Lunatic asylums Bombay report 1891-1903 - 1891-1903
Year: 1891
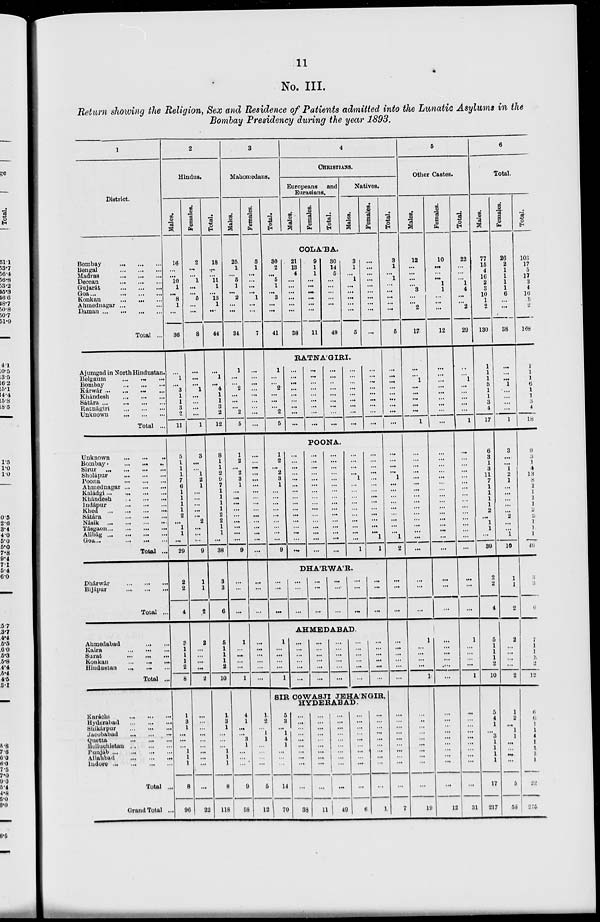
11
No. III.
Return showing the Religion, Sex and Residence of Patients admitted into the Lunatic Asylums in the
Bombay Presidency during the year 1893.
1
District.
Bombay
...
...
...
Bengal
...
...
...
Madras ... ... ...
Deccan
...
...
...
Gujarat
...
...
...
Goa
...
...
...
Konkan
...
...
...
Ahmednagar ... ... ...
Daman
...
...
...
Total ...
Ajumgad in North Hindustan.
Belgaum ... ... ...
Bombay
...
...
...
Kánwár
...
...
...
Khándesh
...
...
...
Sátára
...
...
...
Ratnágiri
...
...
...
Unknown
...
...
...
Total ...
Unknown
...
...
...
Bombay
...
...
...
Sirur
...
...
...
Sholápur
...
...
...
Poona
...
...
...
Ahmednagar
...
...
...
Kaládgi
...
...
...
Khándesh
...
...
...
Indápur
...
...
...
Khed
...
...
...
Sátára
...
...
...
Násik
...
...
...
...
Tásgaon
...
...
...
...
Alibág
...
...
...
...
Goa
...
...
...
...
Total ...
Dhárwar
...
...
...
Bijápur
...
...
...
Total ...
Ahmedabad
...
...
...
Kaira
...
...
...
Surat
...
...
...
Konkan
...
...
...
Hindustan
...
...
...
Total ...
Karachi
...
...
...
Hyderabad
...
...
...
Shikárpur
...
...
...
Jucobabad
...
...
...
Quetta
...
...
...
Belluchistan
...
...
...
Puniáb
...
...
...
...
Allahbad ... ... ...
Indore
...
...
...
Total ...
Grand Total ...
2
Hindus.
Males.
16
...
...
10
1
...
8
1
...
36
...
1
...
3
1
1
3
2
11
Females.
2
...
. ..
1
. ..
. ..
5
...
....
8
...
...
...
1
...
...
...
...
1
5
1
1
1
7
6
1
1
1
1
2
...
1
1
. ..
29
2
2
4
3
1
1
1
2
8
1
3
1
...
...
...
1
1
1
8
96
3
...
...
1
2
1
...
...
...
...
...
2
...
...
...
9
1
1
2
2
...
...
...
...
2
...
...
...
...
...
...
...
. ..
...
...
22
Total.
18
...
...
11
1
...
13
1
...
44
...
1
...
4
1
1
3
2
12
8
1
1
2
9
7
1
1
1
1
2
2
1
1
. ..
38
3
3
6
5
1
1
1
2
10
1
3
1
...
...
...
1
1
1
8
118
3
Mahomedans.
Males.
25
1
...
5
1
...
2
...
...
34
1
...
...
2
...
...
...
2
5
1
2
...
2
3
1
...
...
...
...
...
...
...
...
...
9
...
...
...
1
...
...
...
...
1
4
1
...
...
3
1
...
...
...
9
58
Females.
5
1
...
...
...
...
1
...
...
7
...
...
...
...
...
...
...
...
...
...
...
...
...
...
...
...
...
...
...
...
...
...
...
...
...
...
...
...
...
...
...
...
...
...
1
2
...
1
1
...
...
...
...
5
12
Total.
4
CHRISTIANS.
Europeans and
Eurasians.
Males.
Females.
Total.
Natives.
Males.
Females.
COLA'BA.
30
2
...
5
1
. ..
3
. ..
...
41
21
13
4
...
...
...
...
...
...
38
9
1
1
...
...
...
...
...
...
11
30
14
5
...
...
...
...
...
49
3
1
...
1
...
...
...
...
...
5
...
...
...
...
...
...
...
...
...
...
RATNA'GIRI.
1
...
...
2
. ..
. ..
. ..
2
5
...
...
...
...
...
...
...
...
...
...
...
...
...
...
...
...
...
...
...
...
..
...
...
...
...
...
...
...
...
...
...
...
...
...
...
...
...
...
...
...
...
...
...
...
...
POONA.
1
2
...
2
3
1
...
...
...
...
...
...
...
...
...
9
...
...
...
...
...
...
...
...
...
...
...
...
...
...
...
...
...
...
...
...
...
...
...
...
...
...
...
...
...
...
...
...
...
...
...
...
...
...
...
...
...
...
...
...
...
...
...
...
...
...
...
...
1
...
...
...
...
...
...
...
...
...
1
...
...
...
...
...
...
...
...
...
...
...
...
...
...
1
1
DHA'RWA'R.
...
...
...
. ..
...
...
...
...
...
...
...
...
...
...
...
...
...
...
AHMEDABAD.
1
...
...
...
...
1
...
...
...
...
...
...
...
...
...
...
...
...
...
...
...
...
...
...
...
...
...
...
...
...
...
. ..
...
...
...
...
SIR COWASJI JEHA'NGIR,
HYDERABAD.
5
3
...
1
4
1
...
...
...
14
70
...
...
...
...
...
...
...
...
...
...
38
...
...
...
...
...
...
...
...
...
...
11
...
...
...
...
...
...
...
...
...
...
49
...
...
...
...
...
...
...
...
...
...
6
...
...
...
...
...
...
..
...
...
...
1
Total.
3
1
...
1
...
...
...
...
...
5
...
...
...
...
...
...
...
...
...
...
...
...
...
1
...
...
...
...
...
...
...
...
1
2
...
...
...
...
...
...
...
...
...
...
...
...
...
...
...
...
...
...
...
7
5
Other Castes.
Males.
12
...
...
...
...
3
...
...
2
17
...
...
1
...
...
...
...
...
1
...
...
...
...
...
...
...
...
...
...
...
...
...
...
...
...
...
...
1
. . .
...
...
...
1
...
...
...
...
...
...
...
...
...
...
19
Females.
10
...
...
...
1
1
...
...
...
12
...
...
...
...
...
...
...
...
...
...
...
...
...
...
...
...
...
...
...
...
...
...
...
...
...
...
...
...
...
....
...
...
. ..
. . .
...
...
. ..
...
...
...
...
12
Total.
22
. ..
...
...
1
4
...
...
2
29
...
1
...
...
...
...
...
1
...
...
...
...
...
...
...
...
...
...
...
...
...
...
...
...
. ..
...
...
1
...
...
...
...
1
...
...
...
...
...
...
...
...
...
...
31
6
Total.
Males.
77
15
4
16
2
3
10
1
2
130
1
1
1
5
1
1
3
4
17
6
3
1
3
11
7
1
1
1
1
2
...
1
1
...
39
2
2
4
5
1
1
1
2
10
5
4
1
...
3
1
1
1
1
17
217
Females.
26
2
1
1
1
1
6
...
...
38
...
...
...
1
...
...
...
...
1
3
...
...
1
2
1
...
...
...
...
...
2
...
...
1
10
1
1
2
2
...
...
...
...
2
1
2
...
1
1
...
...
...
...
5
58
Total.
103
17
5
17
3
4
16
1
2
168
1
1
1
6
1
1
3
4
18
9
3
1 4
13
8
1
1
1
1
2
2
1
1
1
49
3
3
6
7
1
1
1
2
12
6
6
1
1
4
1
1
1
1
22
275